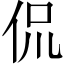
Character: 侃